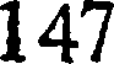
147